Annual report of the Bengal Veterinary College and of the Civil Veterinary Department, Bengal, for the year 1913-1914 - 1913-1914
Year: 1913
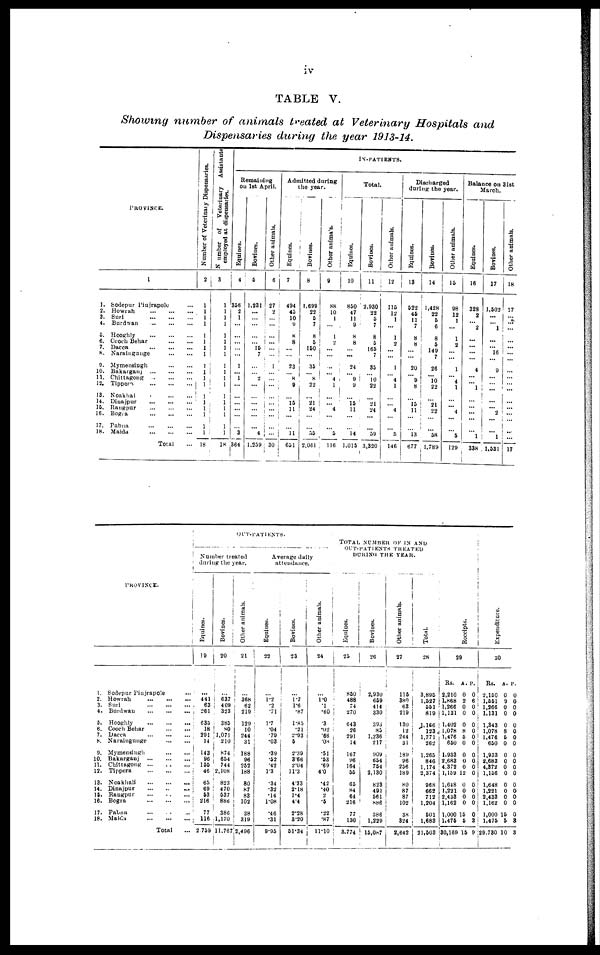
TABLE V.
Showing number of animals treated at Veterinary Hospitals and
Dispensaries during the year 1913-14.
PROVINCE.
1
1. Sodepur Pinjrapole ...
2.
Howrah ... ... ...
3. Suri
...
...
...
4. Burdwan
...
...
...
8. Hooghly
...
...
...
6. Coach Behar
...
...
7. Dacca
...
...
...
8. Narainguuge
...
...
9. Mymensingh
...
...
10. Bakarganj
...
...
...
11. Chittagong ... ... ...
12. Tippera ... ... ...
13. Noakhal
...
...
...
14. Diuajpur
...
...
...
16. Rangpur
...
...
...
16. Bogra
...
...
...
17. Pabna ... ... ...
18. Malda
...
...
...
Total ...
Number of Veterinary Dispensaries.
2
1
1
1
1
1
1
1
1
1
1
1
1
1
1
1
1
1
1
18
Number
of
Veterinary Assistants
employed at dispensaries.
3
1
1
1
1
1
1
1
1
1
1
1
1
1
1
1
1
1
1
18
IN-PATlENTS.
Remaining
on 1st April.
Equines.
4
336
2
1
...
...
...
...
...
1
... 1
...
...
...
...
...
...
3
364
Bovines,
5
1,231
...
...
...
...
... 15
7
...
... 2
...
...
...
...
...
...
4
1,259
Other animals.
6
27
2
...
...
...
...
...
...
1
...
...
...
...
...
...
...
...
...
30
Admitted during
the year.
Equines.
7
494
45
10
9
8
8
...
...
23
... 8
9
...
13
11
...
...
11
631
Bovines.
8
1,699
22
3
7
8
5
150
...
35
... 8
22
...
21
24
...
...
55
2,061
Other animals.
9
88
10
1
...
1
2
...
...
...
... 4 1
...
... 4
...
...
3
116
Total.
Equities.
10
850
47
11
9
8
8
...
...
24
... 9 9
...
15
11
...
...
14
1,015
Bovines.
11
2,930
22
5
7
8
3
165
7
35
... 10
22
...
21
24
...
...
39
3,320
Other animals.
12
115
12
1
...
1
2
...
...
1
... 4
1
...
... 4
...
...
5
146
Discharged
during the year.
Equines.
13
522
45
11
7
8
8
...
...
20
... 9
8
...
15
11
...
...
13
677
Bovines.
14
1,428
22
5
6
8
5
149
7
26
... 10
22
...
21
22
...
...
58
1,789
Other animals.
15
98
12
1
...
1
2
...
...
1
... 4
1
...
... 4
...
...
5
129
Balance on 31st
March.
Equines.
16
328
2
... 2
...
...
...
...
4
...
... 1
...
...
...
...
...
1
338
Bovines.
17
1,502
...
... 1
...
...
...
...
9
...
...
...
...
...
2
...
...
1
1.531
Other animals.
18
17
...
...
...
...
...
...
...
...
...
...
...
...
...
...
...
...
17
PROVINCE.
1. Sodepur Pinjrapole ...
2,
Howrah ... ... ...
3. Suri
...
...
...
4. Burdwau
...
...
...
5. Hooghly
...
...
...
6. Coach Behar
...
...
7.
Dacea ... ... ...
8. Naraingunge ... ...
9, Mymensingh
...
...
10. Bakarganj
...
...
...
11. Chittagong ... ... ...
12. Tippera
...
...
...
13. Noakhali
...
...
...
14. Dinajpur ... ... ...
15, Rangpur ... ... ...
16. Bogra
...
...
...
17. Pabna
...
...
...
18.
Malda
...
...
...
Total ...
OUT-PATIENTS.
Number treated
during the year.
Equines.
)9
...
441
63
261
635
18 291
14
143
96
155
46
65
69
53
216
77
116
2,759
Bovines.
I 20
...
637 409
323
385
80
1,071
210
874
654
744
2,108
823
470
537
886
386
.1,170
11,767
Other animals.
21
...
368
62
219
129
10
244
31
188
96
252
188
80
87
83
102
38
319
2,496
Average daily
attendance.
Equities.
22
...
1.2 .2
.71
1.7
.04
.79
.03
.39
.52
.42
13
.34
.32
.14
1.08
.46
.31
9.95
Bovines.
23
...
1.7
1.6
.87
1.85
.21
2.93
5
2.39
3.66
2.04
11.3
4.33
2.18
1.4
44
2.28
3.20
51.34
Other animals,
24
...
1.0
.1
.60
.3
.02
.66
08
.51
.53
.69
4.0
.42
.40
2
.5
.22
.87
11.10
TOTAL NUMBER OF IN AND
OUT-PATIENTS TREATED
DURING THE YEAR.
Eqnines.
25
850
488
74
270
643
26
291
14
167
96
164
55
65
84
64
216
77
130
3.774
Bovines.
26
2,930
659
414
330
394
85
1,236
217
909
654
754
2,130
823
491
561
886
386
1,229
15,087
Other animals.
27
115
380
63
219
130
12
244
31
189
96
256
189
80
87
87
102
38
324
2,642
Total.
28
3,895
1,527
551
819
1,166
123
1,771
262
1,265
846
1,174
2,374
968
662
712
1,204
501
1,683
21,503
i
1
Receipts.
29
Rs. A. p.
2,210 0 0
1,868 2 6
1,266 0 0
1,131 0 0
1,402 0 0
1,078 8 0
1,476 5 0
650 0 0
1,933 0 0
2,683 0 0
4,372 0 0
1,159 12 0
1,648 0 0
1,221 0 0
2,433 0 0
1,162 0 0
1,000 15 0
1,475 5 3
30,169 15 9
Expenditure.
30
Rs. A. P.
2,150 0 0
1,551 9 0
1,266 0 0
1,131 0 0
1,343 0 0
1,078 8 0
1,476 5 0
650 0 0
1,933 0 0
2,683 0 0
4,872 0 0
1,156 0 0
1,648 0 0
1,221 0 0
2,433 0 0
1,162 0 0
1,000 15 0
1,475 5 3
29.730 10 3